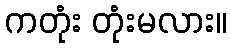
ကတုံး တုံးမလား။